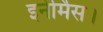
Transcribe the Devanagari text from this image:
इनेर्मिस।